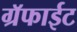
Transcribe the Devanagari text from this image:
ग्रॅफाईट